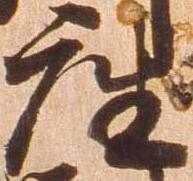
座